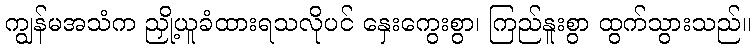
ကျွန်မအသံက ညှို့ယူခံထားရသလိုပင် နှေးကွေးစွာ၊ ကြည်နူးစွာ ထွက်သွားသည်။